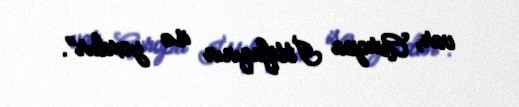
var, Avropa İttifaqının isə yoxdur".